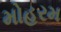
મોહરમ